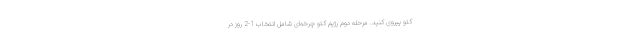
کتو پیروی کنید. مرحله دوم رژیم کتو چرخه‌ای شامل انتخاب 1-2 روز در